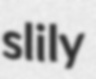
slily